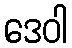
ဒေဝါ